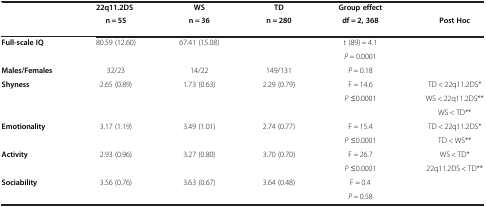
| <ROWSPAN=2>  | 22q11.2DS | WS | TD | Group effect |  |
 | n = 55 | n = 36 | n = 280 | df = 2, 368 | Post Hoc |
 | --- | --- | --- | --- | --- | --- |
 | <ROWSPAN=2> Full-scale IQ | <ROWSPAN=2> 80.59 (12.60) | <ROWSPAN=2> 67.41 (15.08) | <ROWSPAN=2>  | t (89) = 4.1 | <ROWSPAN=2>  |
 | P = 0.0001 |
 | Males/Females | 32/23 | 14/22 | 149/131 | P = 0.18 |  |
 | Shyness | 2.65 (0.89) | 1.73 (0.63) | 2.29 (0.79) | F = 14.6 | TD < 22q11.2DS* |
 |  |  |  |  | P ≤0.0001 | WS < 22q11.2DS** |
 |  |  |  |  |  | WS < TD** |
 | Emotionality | 3.17 (1.19) | 3.49 (1.01) | 2.74 (0.77) | F = 15.4 | TD < 22q11.2DS* |
 |  |  |  |  | P ≤0.0001 | TD < WS** |
 | Activity | 2.93 (0.96) | 3.27 (0.80) | 3.70 (0.70) | F = 26.7 | WS < TD* |
 |  |  |  |  | P ≤0.0001 | 22q11.2DS < TD** |
 | Sociability | 3.56 (0.76) | 3.63 (0.67) | 3.64 (0.48) | F = 0.4 | <ROWSPAN=2>  |
 |  |  |  |  | P = 0.58 |